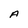
Character: A